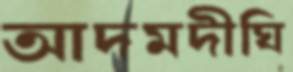
আদমদীঘি